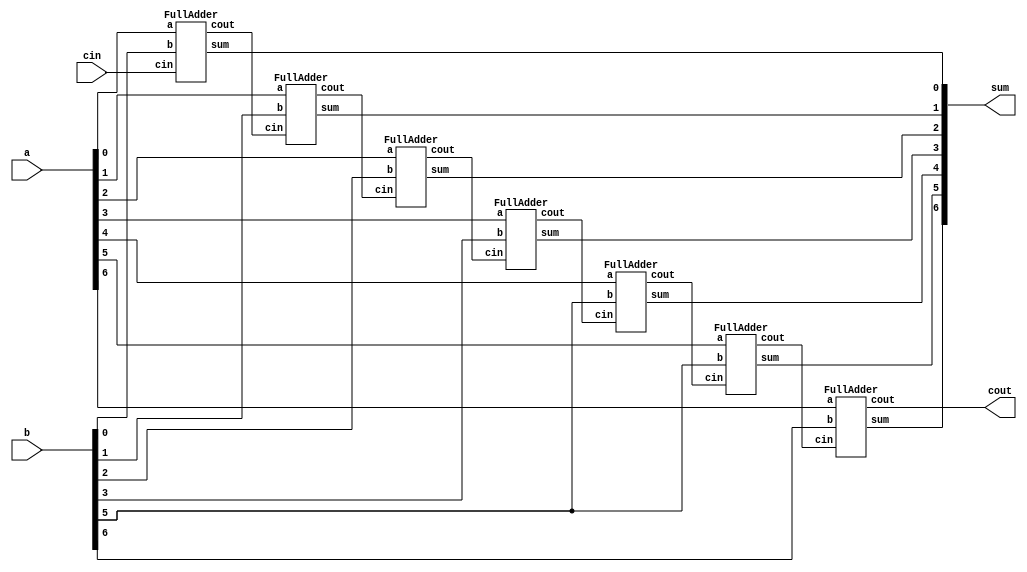
module Adder(a,b,cin,sum,cout);
input [6:0]a,b;
input cin;
output wire [6:0]sum;
output cout;
FullAdder FA1(a[0],b[0],cin,sum[0],cout1);
FullAdder FA2(a[1],b[1],cout1,sum[1],cout2);
FullAdder FA3(a[2],b[2],cout2,sum[2],cout3);
FullAdder FA4(a[3],b[3],cout3,sum[3],cout4);
FullAdder FA5(a[4],b[5],cout4,sum[4],cout5);
FullAdder FA6(a[5],b[5],cout5,sum[5],cout6);
FullAdder FA7(a[6],b[6],cout6,sum[6],cout);
endmodule

module FullAdder(a,b,cin,sum,cout);
input a,b,cin;
output wire sum,cout;
wire s1,c1,c2,c3;
xor(s1,a,b);
xor(sum,s1,cin);
and(c1,a,b);
and(c2,b,cin);
and(c3,a,cin);
or(cout,c1,c2,c3);
endmodule